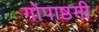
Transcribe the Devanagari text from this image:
गोपाष्ठमी